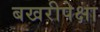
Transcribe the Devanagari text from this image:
बखरीपेक्षा